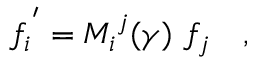
{ f _ { i } } ^ { ' } = { M _ { i } } ^ { j } ( \gamma ) ~ f _ { j } \quad ,